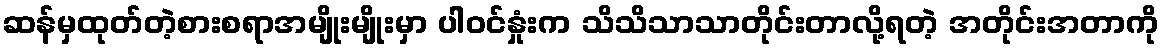
ဆန်မှထုတ်တဲ့စားစရာအမျိုးမျိုးမှာ ပါဝင်နှုံးက သိသိသာသာတိုင်းတာလို့ရတဲ့ အတိုင်းအတာကို